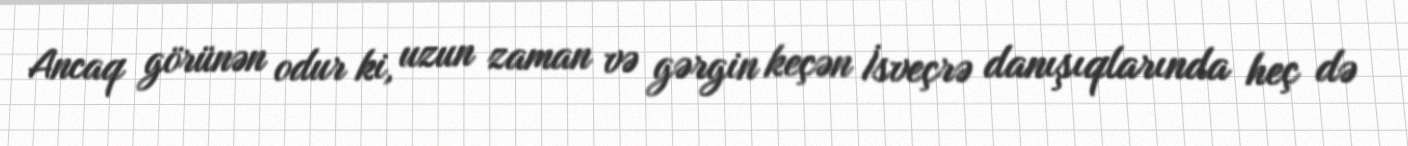
Ancaq görünən odur ki, uzun zaman və gərgin keçən İsveçrə danışıqlarında heç də